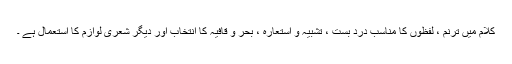
کلام میں ترنم ، لفظوں کا مناسب درد بست ، تشبیہ و استعارہ ، بحر و قافیہ کا انتخاب اور دیگر شعری لوازم کا استعمال ہے ۔